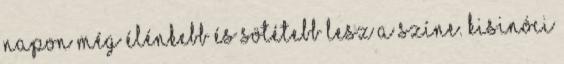
napon még élénkebb és sötétebb lesz a színe. Kisinóci